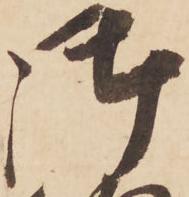
御